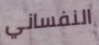
النفساني